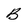
Character: B